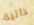
ذاتية